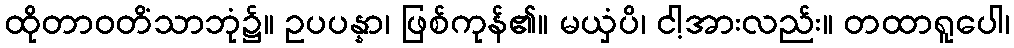
ထိုတာဝတိံသာဘုံ၌။ ဥပပန္နာ၊ ဖြစ်ကုန်၏။ မယှံပိ၊ ငါ့အားလည်း။ တထာရူပေါ၊